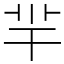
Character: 羋